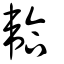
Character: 韐